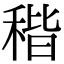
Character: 稭